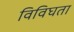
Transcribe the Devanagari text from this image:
विविघता